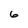
Character: 6